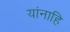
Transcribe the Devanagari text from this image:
यांनाहि